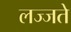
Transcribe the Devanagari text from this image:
लज्जते